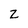
Character: Z